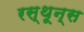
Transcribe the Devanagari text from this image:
रस्थून्स